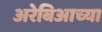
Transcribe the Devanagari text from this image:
अरेबिआच्या